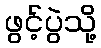
ဖွင့်ပွဲသို့